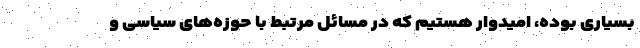
بسیاری بوده، امیدوار هستیم که در مسائل مرتبط با حوزه‌های سیاسی و